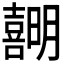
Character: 𪢣